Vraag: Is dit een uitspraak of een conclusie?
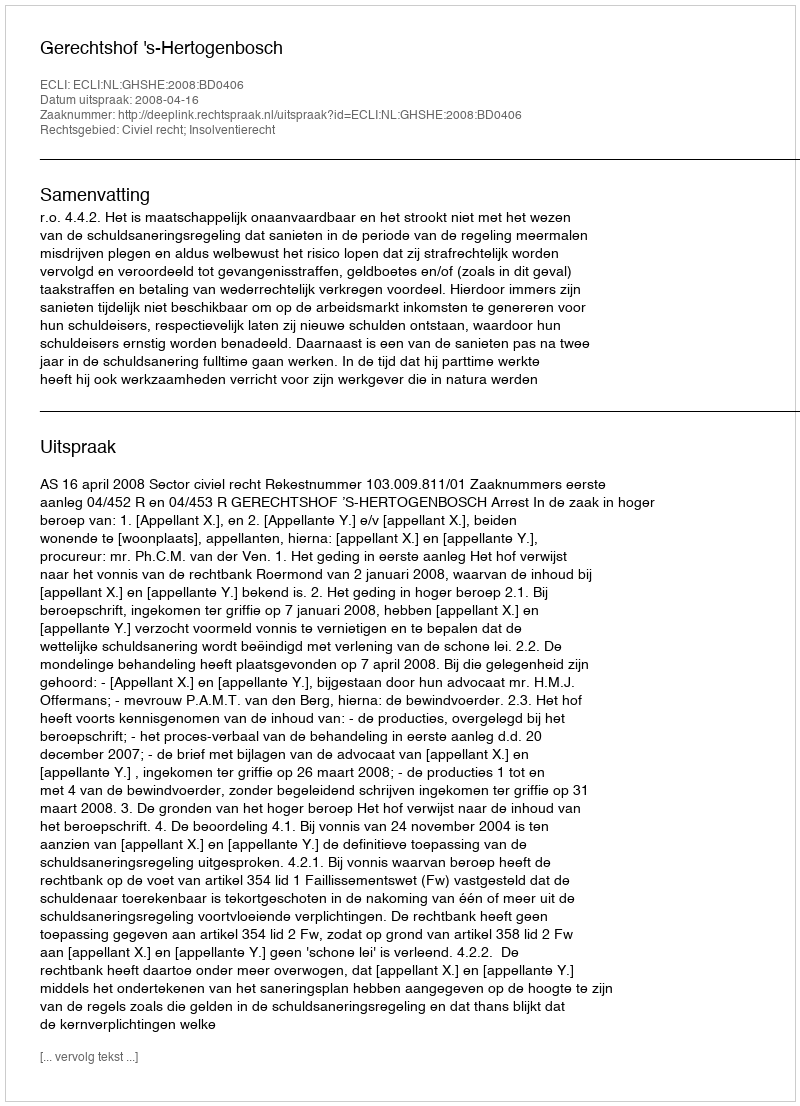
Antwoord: Uitspraak